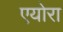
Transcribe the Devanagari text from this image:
एयोरा